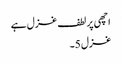
اچھی پر لطف غزل ہے
غزل 5۔